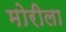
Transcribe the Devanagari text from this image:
मोरीला